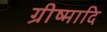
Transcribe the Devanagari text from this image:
ग्रीष्मादि